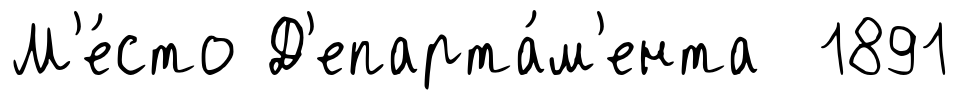
М'е́сто Д'епарта́м'ента 1891